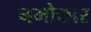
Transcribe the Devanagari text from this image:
नमोकार